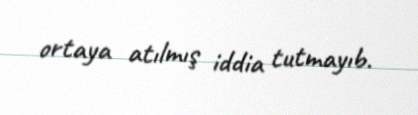
ortaya atılmış iddia tutmayıb.